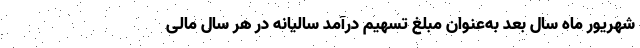
شهریور ماه سال بعد به­عنوان مبلغ تسهیم درآمد سالیانه در هر سال مالی